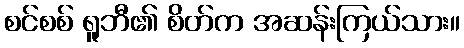
စင်စစ် ရူဘီ၏ စိတ်က အဆန်းကြယ်သား။